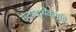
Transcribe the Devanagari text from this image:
सत्पदार्थैकसृष्टिः